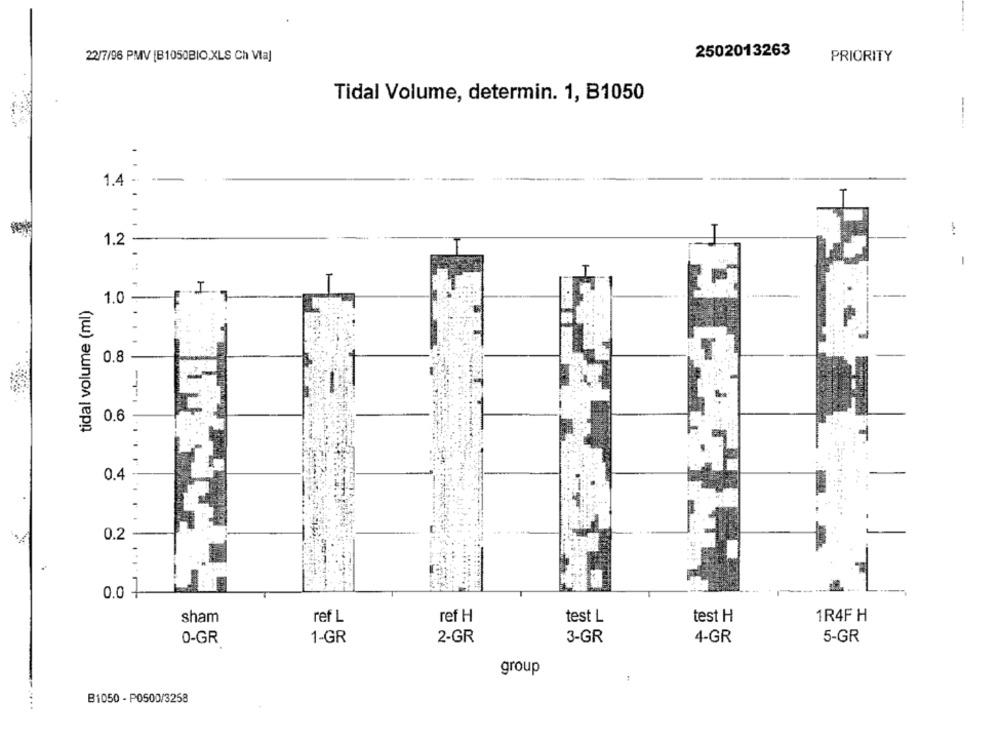
2502013263
22/7/96 PMV [B1050BIO.XLS Ch Via]
PRIORITY
Tidal Volume, determin. 1, B1050
1.4
1.2
H
tidal volume (ml)
1.0 - F
:7
......
0.8
0.6
0.4
0.2
0.0 7
sham
ref L
ref H
test L
test H
1R4F H
1-GR
2-GR
3-GR
5-GR
0-GR
4-GR
group
B1050 - P0500/3258